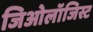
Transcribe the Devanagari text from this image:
जिओलॉजिस्ट